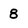
Character: 8